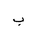
Letter: _ba